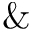
\&